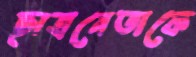
ছাত্রনেতাকে